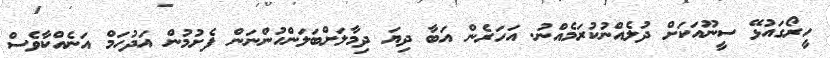
ހީރޯގައުޅޭ ސީނޫއަކަށް ދުލެއްނުކުރަމެއްނު. އަހަރެން އަބާ ދިޔަ ދިމާލަަށްބަލަންހުންނަން ފެށުމުން އަދުހަމް އަނެއްކާވެސް